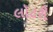
લૉટરી